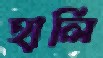
হার্লি